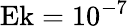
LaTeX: \textrm{Ek}=10^{-7}